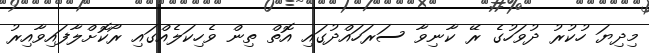
މިދިޔަ ހުކުރު ދުވަހުގެ ރޭ ކާނިވާ ސަރަހައްދުގައި އޮތް ތިން ވެހިކަލެއްގައި ރޯކޮށްލާފައިވާއިރު